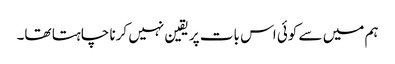
ہم میں سے کوئی اس بات پر یقین نہیں کرنا چاہتا تھا۔